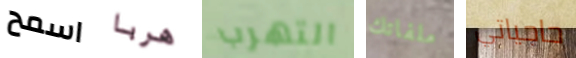
اسمح هربا التهرب ملفاتك حاجياتي